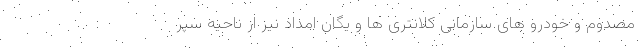
مصدوم و خودرو های سازمانی کلانتری ها و یگان امداد نیز از ناحیه سپر